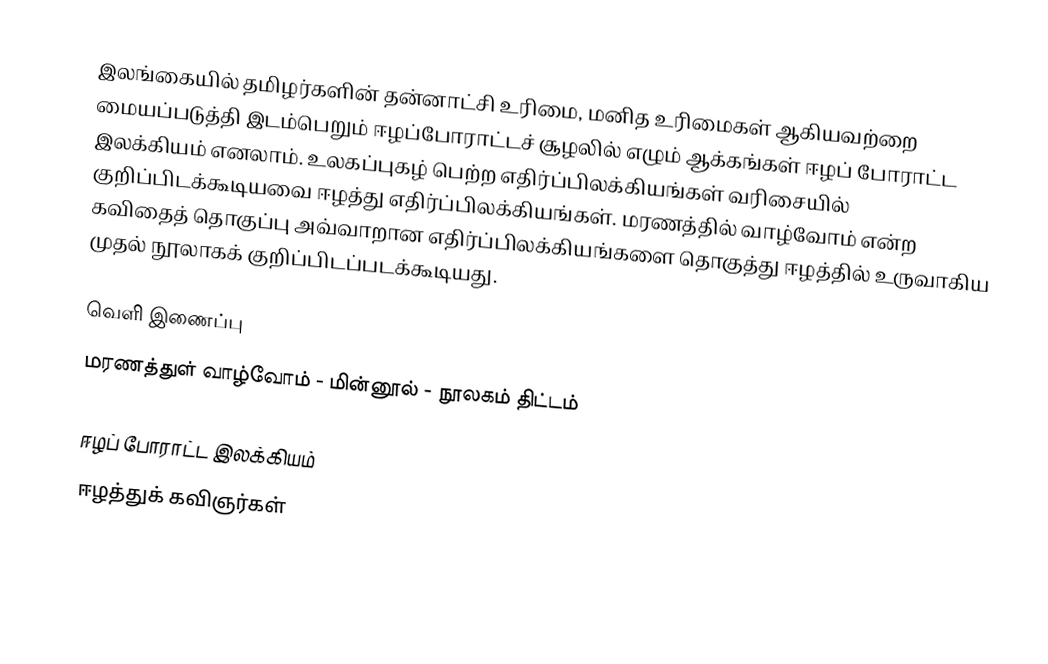
இலங்கையில் தமிழர்களின் தன்னாட்சி உரிமை, மனித உரிமைகள் ஆகியவற்றை மையப்படுத்தி இடம்பெறும் ஈழப்போராட்டச் சூழலில் எழும் ஆக்கங்கள் ஈழப் போராட்ட இலக்கியம் எனலாம். உலகப்புகழ் பெற்ற எதிர்ப்பிலக்கியங்கள் வரிசையில் குறிப்பிடக்கூடியவை ஈழத்து எதிர்ப்பிலக்கியங்கள். மரணத்தில் வாழ்வோம் என்ற கவிதைத் தொகுப்பு அவ்வாறான எதிர்ப்பிலக்கியங்களை தொகுத்து ஈழத்தில் உருவாகிய முதல் நூலாகக் குறிப்பிடப்படக்கூடியது.

வெளி இணைப்பு
 மரணத்துள் வாழ்வோம்  - மின்னூல் - நூலகம் திட்டம்

ஈழப் போராட்ட இலக்கியம்
ஈழத்துக் கவிஞர்கள்